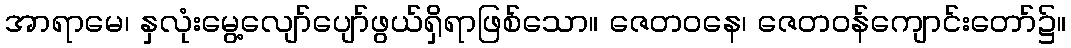
အာရာမေ၊ နှလုံးမွေ့လျော်ပျော်ဖွယ်ရှိရာဖြစ်သော။ ဇေတဝနေ၊ ဇေတဝန်ကျောင်းတော်၌။